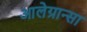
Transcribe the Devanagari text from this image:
आलेग्रान्सा